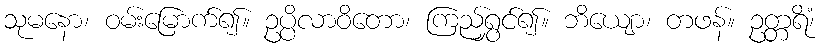
သုမနော၊ ဝမ်းမြောက်၍။ ဥပ္ပိလာဝိတော၊ ကြည်ရွှင်၍။ ဘိယျော၊ တဖန်။ ဥတ္တရိံ၊